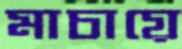
মাচায়ে